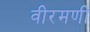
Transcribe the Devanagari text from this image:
वीरमणी